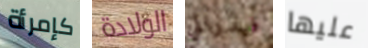
كإمرأة الولادة فيدرالي عليها